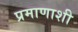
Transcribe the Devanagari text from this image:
प्रमाणाशी